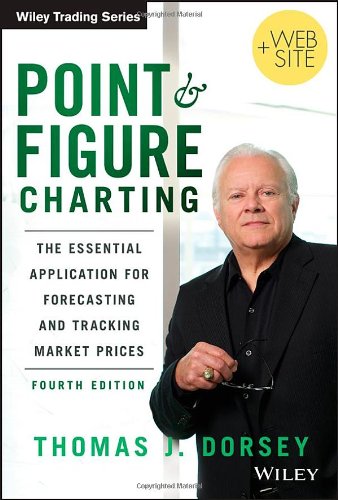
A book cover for Point and Figure Charting: The Essential Application for Forecasting and Tracking Market Prices; Thomas J. Dorsey; Business & Money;